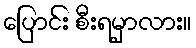
ပြောင်း စီးရမှာလား။